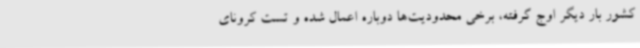
کشور بار دیگر اوج گرفته، برخی محدودیت‌ها دوباره اعمال شده و تست کرونای